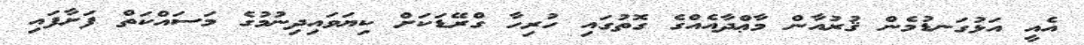
އެއީ އަޅުގަނޑުމެން ޤުރުއާން މާޢްދާއެއްގެ ގޮތުގައި ހުރިހާ ގްރޭޑަކަށް ކިޔަވައިދިނުމުގެ މަސައްކަތް ފަށާފައި